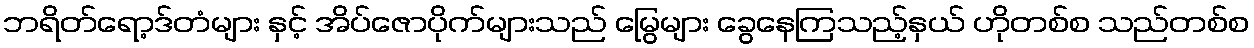
ဘရိတ်ရော့ဒ်တံများ နှင့် အိပ်ဇောပိုက်များသည် မြွေများ ခွေနေကြသည့်နှယ် ဟိုတစ်စ သည်တစ်စ